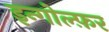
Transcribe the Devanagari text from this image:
इन्गोल्फ़र